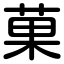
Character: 菓